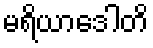
မရိယာဒေါတိ